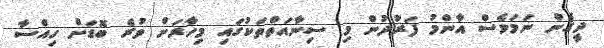
ދީގެން ނަމަވެސް އާންމު ފަރުދުން މި ސިނާއަތްތަކުގައި މިހާރަށް ވުރެ ބޮޑަށް ހިއްސާ